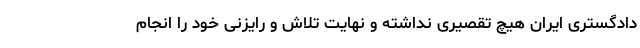
دادگستری ایران هیچ تقصیری نداشته و نهایت تلاش و رایزنی خود را انجام